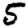
Digit: 5